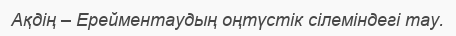
Ақдің – Ерейментаудың оңтүстік сілеміндегі тау.